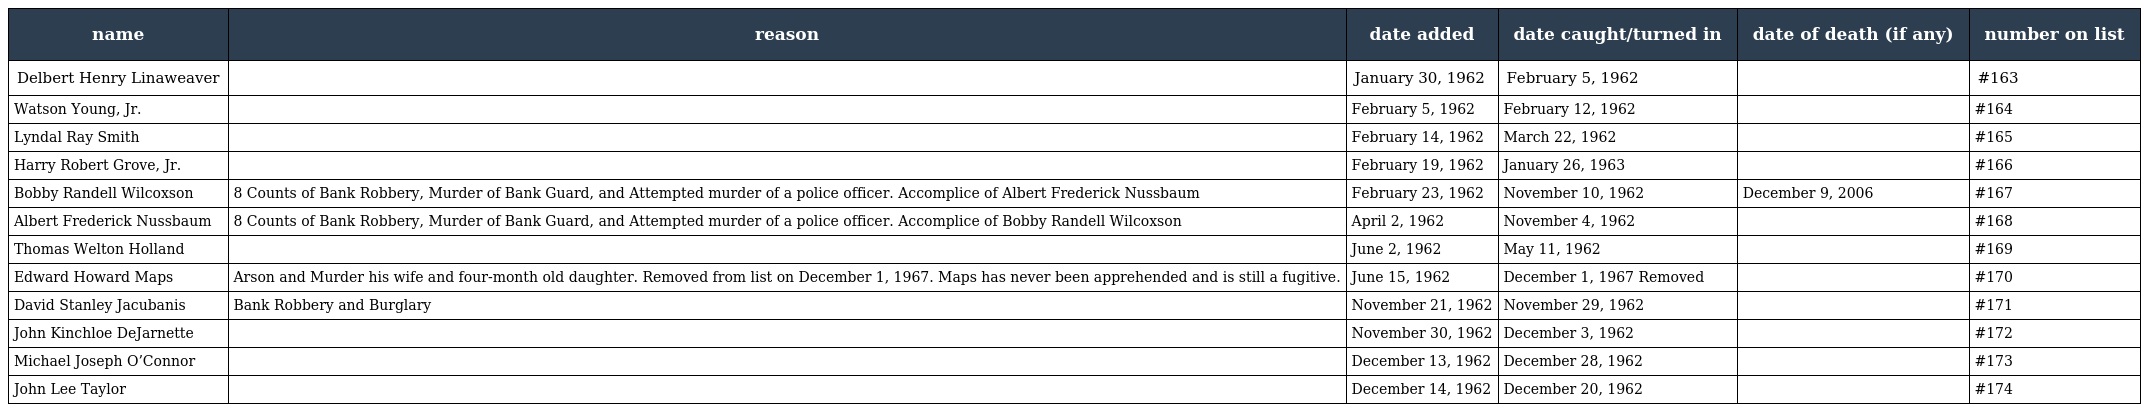
| name | reason | date added | date caught/turned in | date of death (if any) | number on list |
 | --- | --- | --- | --- | --- | --- |
 | Delbert Henry Linaweaver |  | January 30, 1962 | February 5, 1962 |  | #163 |
 | Watson Young, Jr. |  | February 5, 1962 | February 12, 1962 |  | #164 |
 | Lyndal Ray Smith |  | February 14, 1962 | March 22, 1962 |  | #165 |
 | Harry Robert Grove, Jr. |  | February 19, 1962 | January 26, 1963 |  | #166 |
 | Bobby Randell Wilcoxson | 8 Counts of Bank Robbery, Murder of Bank Guard, and Attempted murder of a police officer. Accomplice of Albert Frederick Nussbaum | February 23, 1962 | November 10, 1962 | December 9, 2006 | #167 |
 | Albert Frederick Nussbaum | 8 Counts of Bank Robbery, Murder of Bank Guard, and Attempted murder of a police officer. Accomplice of Bobby Randell Wilcoxson | April 2, 1962 | November 4, 1962 |  | #168 |
 | Thomas Welton Holland |  | June 2, 1962 | May 11, 1962 |  | #169 |
 | Edward Howard Maps | Arson and Murder his wife and four-month old daughter. Removed from list on December 1, 1967. Maps has never been apprehended and is still a fugitive. | June 15, 1962 | December 1, 1967 Removed |  | #170 |
 | David Stanley Jacubanis | Bank Robbery and Burglary | November 21, 1962 | November 29, 1962 |  | #171 |
 | John Kinchloe DeJarnette |  | November 30, 1962 | December 3, 1962 |  | #172 |
 | Michael Joseph O’Connor |  | December 13, 1962 | December 28, 1962 |  | #173 |
 | John Lee Taylor |  | December 14, 1962 | December 20, 1962 |  | #174 |